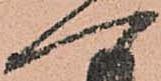
へ